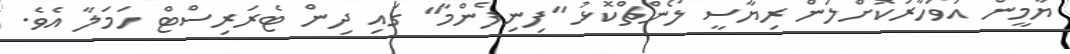
ޔާމީން އަވަހާރަކޮށްލަން ރިޔާސީ ލޯންޗްކޮޅު "ފިނިފެންމާ" ގައި ދިން ޓެރަރިސްޓް ހަމަލާ އެވެ.